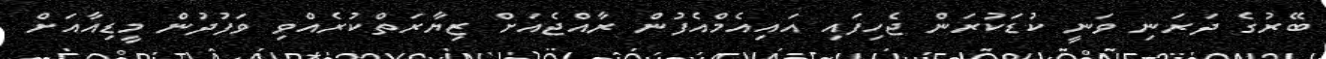
ބޭރުގެ ދަރަނި ވަނީ ކުޑަކުރަން ޖެހިފައި އައިއެމްއެފުން ރާއްޖެއަށް ޒިޔާރަތްކުރެއްވި ވަފުދުން މީޑިއާއަށް